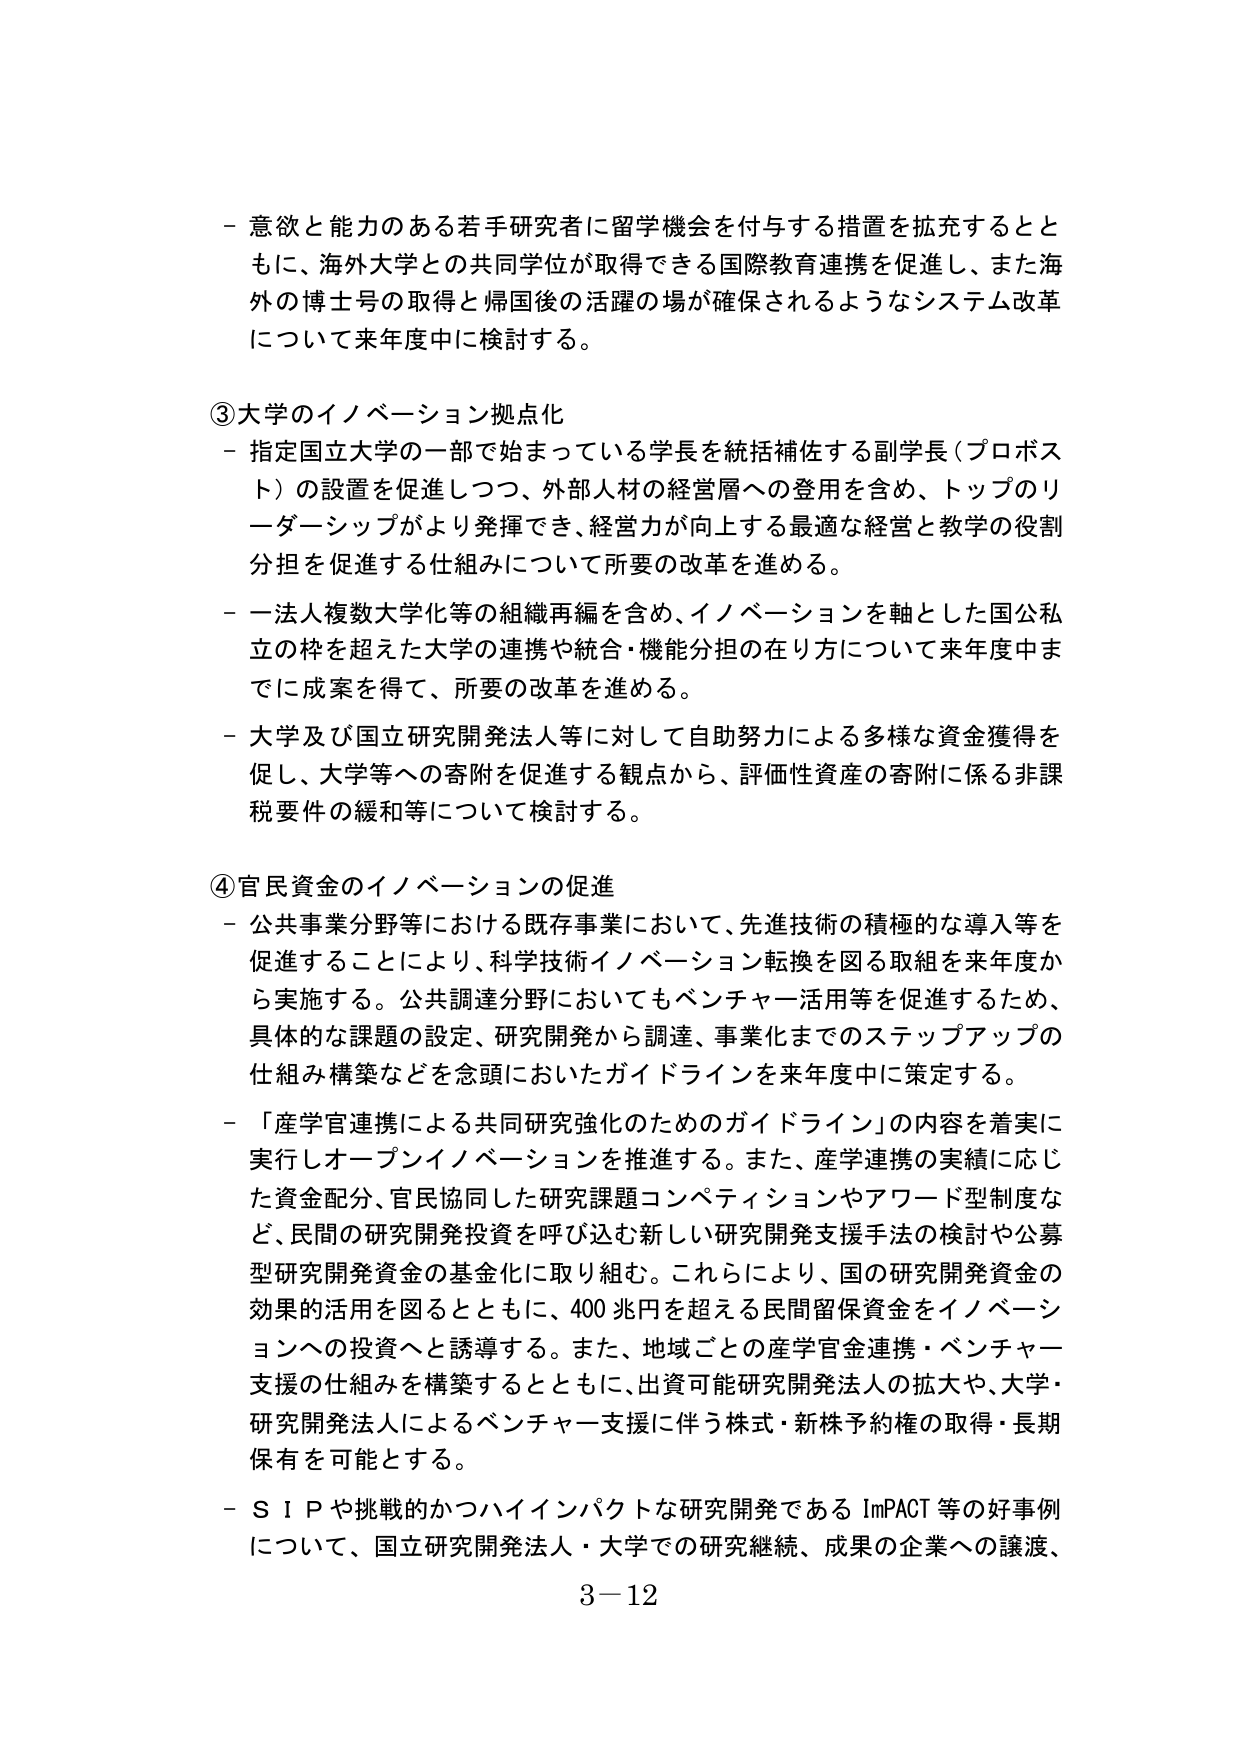
- 意欲と能力のある若手研究者に留学機会を付与する措置を拡充するとともに、海外大学との共同学位が取得できる国際教育連携を促進し、また海外の博士号の取得と帰国後の活躍の場が確保されるようなシステム改革について来年度中に検討する。

③大学のイノベーション拠点化
- 指定国立大学の一部で始まっている学長を統括補佐する副学長（プロポスト）の設置を促進しつつ、外部人材の経営層への登用を含め、トップのリーダーシップがより発揮でき、経営力が向上する最適な経営と教学の役割分担を促進する仕組みについて所要の改革を進める。
- 一法人複数大学化等の組織再編を含め、イノベーションを軸とした国公私立の枠を超えた大学の連携や統合・機能分担の在り方について来年度中までに成案を得て、所要の改革を進める。
- 大学及び国立研究開発法人等に対して自助努力による多様な資金獲得を促し、大学等への寄附を促進する観点から、評価性資産の寄附に係る非課税要件の緩和等について検討する。

④官民資金のイノベーションの促進
- 公共事業分野等における既存事業において、先進技術の積極的な導入等を促進することにより、科学技術イノベーション転換を図る取組を来年度から実施する。公共調達分野においてもベンチャー活用等を促進するため、具体的な課題の設定、研究開発から調達、事業化までのステップアップの仕組み構築などを念頭においたガイドラインを来年度中に策定する。
- 「産学官連携による共同研究強化のためのガイドライン」の内容を着実に実行しオープンイノベーションを推進する。また、産学連携の実績に応じた資金配分、官民協同した研究課題コンペティションやアワード型制度など、民間の研究開発投資を呼び込む新しい研究開発支援手法の検討や公募型研究開発資金の基金化に取り組む。これらにより、国の研究開発資金の効果的活用を図るとともに、400兆円を超える民間留保資金をイノベーションへの投資へと誘導する。また、地域ごとの産学官金連携・ベンチャー支援の仕組みを構築するとともに、出資可能研究開発法人の拡大や、大学・研究開発法人によるベンチャー支援に伴う株式・新株予約権の取得・長期保有を可能とする。
- S I Pや挑戦的かつハイインパクトな研究開発である ImPACT 等の好事例について、国立研究開発法人・大学での研究継続、成果の企業への譲渡、

3－12